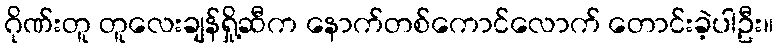
ဂိုဏ်းတူ တူလေးချန်ရှို့ဆီက နောက်တစ်ကောင်လောက် တောင်းခဲ့ပါဦး။